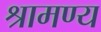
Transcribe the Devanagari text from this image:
श्रामण्य